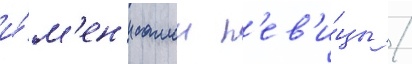
и́м'ен'и самои п'ев'и́цы /